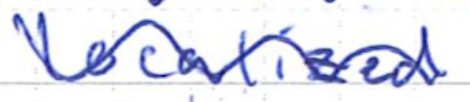
Text: localized
Cross-out: wave
Writing tool: ballpoint